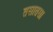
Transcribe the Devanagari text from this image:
तसातसा